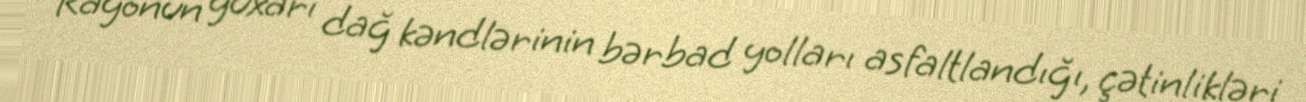
Rayonun yuxarı dağ kəndlərinin bərbad yolları asfaltlandığı, çətinlikləri